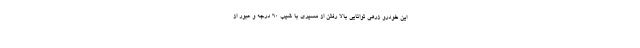
این خودرو زرهی توانایی بالا رفتن از مسیری با شیب 60 درجه و عبور از